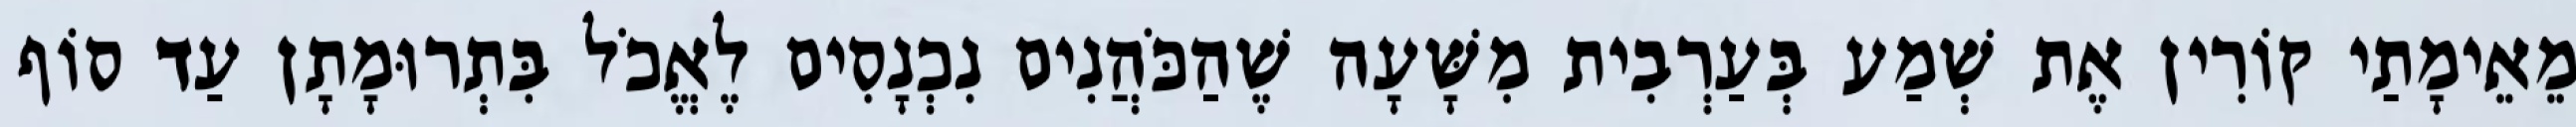
מֵאֵימָתַי קוֹרִין אֶת שְׁמַע בְּעַרְבִית מִשָּׁעָה שֶׁהַכֹּהֲנִים נִכְנָסִים לֶאֱכֹל בִּתְרוּמָתָן עַד סוֹף